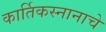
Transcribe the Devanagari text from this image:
कार्तिकस्नानाचे